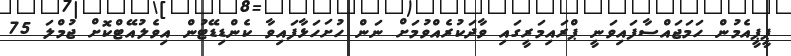
ޕީޕީއެމުން ހަމަޖައްސާފައިވަނީ ޕްރައިމަރީގައި ވާދަކުރެއްވުމަށް ނަން ހުށަހަޅާފައިވާ ކެންޑިޑޭޓުން އިވެލުއޭޓްކޮށް ޖުމްލަ 75